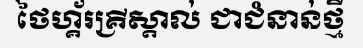
ថៃហ្គ័រគ្រីស្តាល់ ជាជំនាន់ថ្មី